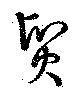
貿